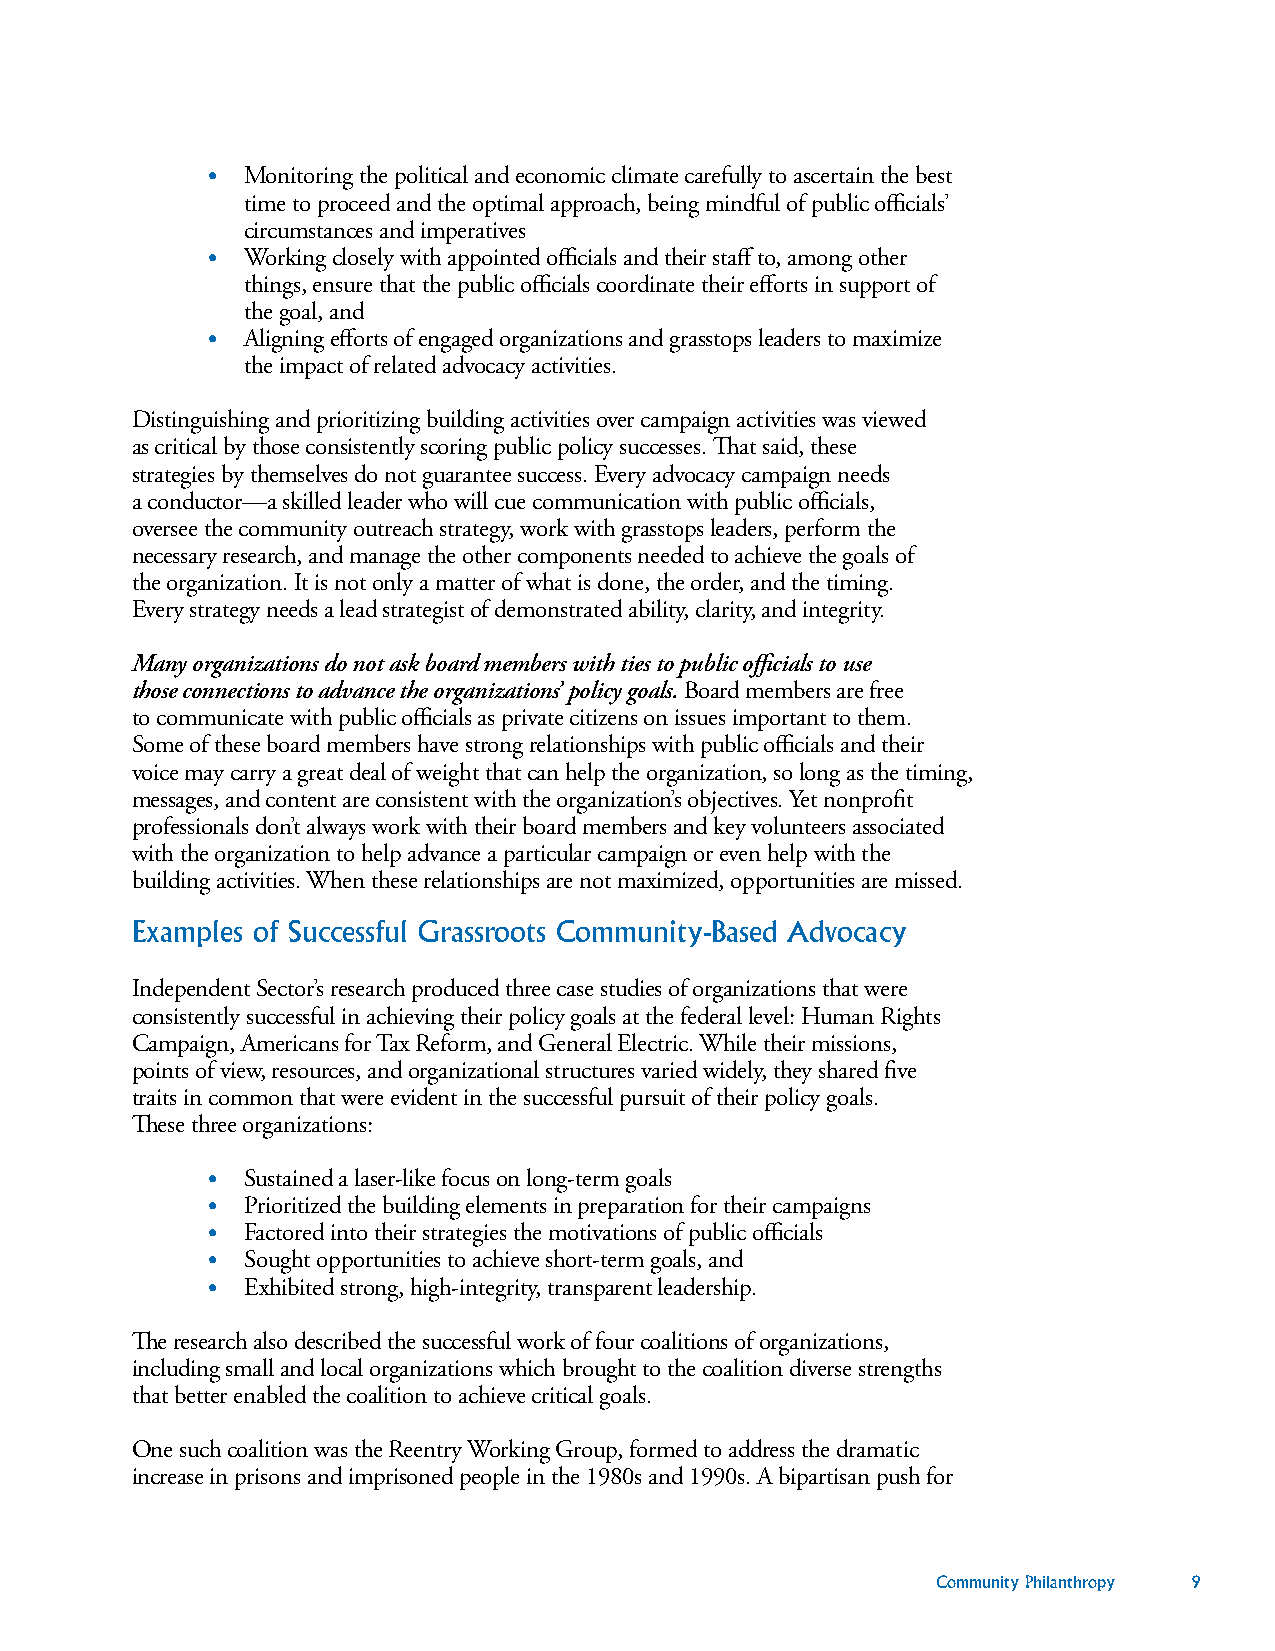
• Monitoring the political and economic climate carefully to ascertain the best
 time to proceed and the optimal approach, being mindful of public officials’
 circumstances and imperatives
 • Working closely with appointed officials and their staff to, among other
 things, ensure that the public officials coordinate their efforts in support of
 the goal, and
 • Aligning efforts of engaged organizations and grasstops leaders to maximize
 the impact of related advocacy activities.
 Distinguishing and prioritizing building activities over campaign activities was viewed
 as critical by those consistently scoring public policy successes. That said, these
 strategies by themselves do not guarantee success. Every advocacy campaign needs
 a conductor—a skilled leader who will cue communication with public officials,
 oversee the community outreach strategy, work with grasstops leaders, perform the
 necessary research, and manage the other components needed to achieve the goals of
 the organization. It is not only a matter of what is done, the order, and the timing.
 Every strategy needs a lead strategist of demonstrated ability, clarity, and integrity.
 Many organizations do not ask board members with ties to public officials to use
 those connections to advance the organizations’ policy goals. Board members are free
 to communicate with public officials as private citizens on issues important to them.
 Some of these board members have strong relationships with public officials and their
 voice may carry a great deal of weight that can help the organization, so long as the timing,
 messages, and content are consistent with the organization’s objectives. Yet nonprofit
 professionals don’t always work with their board members and key volunteers associated
 with the organization to help advance a particular campaign or even help with the
 building activities. When these relationships are not maximized, opportunities are missed.
 Examples of Successful Grassroots Community-Based Advocacy
 Independent Sector’s research produced three case studies of organizations that were
 consistently successful in achieving their policy goals at the federal level: Human Rights
 Campaign, Americans for Tax Reform, and General Electric. While their missions,
 points of view, resources, and organizational structures varied widely, they shared five
 traits in common that were evident in the successful pursuit of their policy goals.
 These three organizations:
 • Sustained a laser-like focus on long-term goals
 • Prioritized the building elements in preparation for their campaigns
 • Factored into their strategies the motivations of public officials
 • Sought opportunities to achieve short-term goals, and
 • Exhibited strong, high-integrity, transparent leadership.
 The research also described the successful work of four coalitions of organizations,
 including small and local organizations which brought to the coalition diverse strengths
 that better enabled the coalition to achieve critical goals.
 One such coalition was the Reentry Working Group, formed to address the dramatic
 increase in prisons and imprisoned people in the 1980s and 1990s. A bipartisan push for
 Community Philanthropy 9